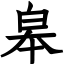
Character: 皋